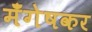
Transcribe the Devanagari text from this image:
मँगेषकर